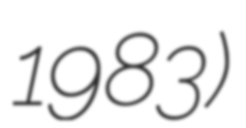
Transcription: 1983)